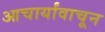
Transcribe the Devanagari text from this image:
आचार्यांवाचून